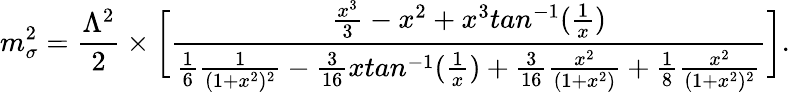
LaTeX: m_{\sigma}^{2}=\frac{\Lambda^{2}}{2}\times\bigg[\frac{\frac{x^{3}}{3}-x^{2}+x^{3}tan^{-1}(\frac{1}{x})}{\frac{1}{6}\frac{1}{(1+x^{2})^{2}}-\frac{3}{16}xtan^{-1}(\frac{1}{x})+\frac{3}{16}\frac{x^{2}}{(1+x^{2})}+\frac{1}{8}\frac{x^{2}}{(1+x^{2})^{2}}}\bigg].